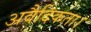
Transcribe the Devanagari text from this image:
अवैदिकता।